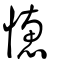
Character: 憓